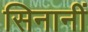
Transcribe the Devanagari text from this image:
सिनानीं